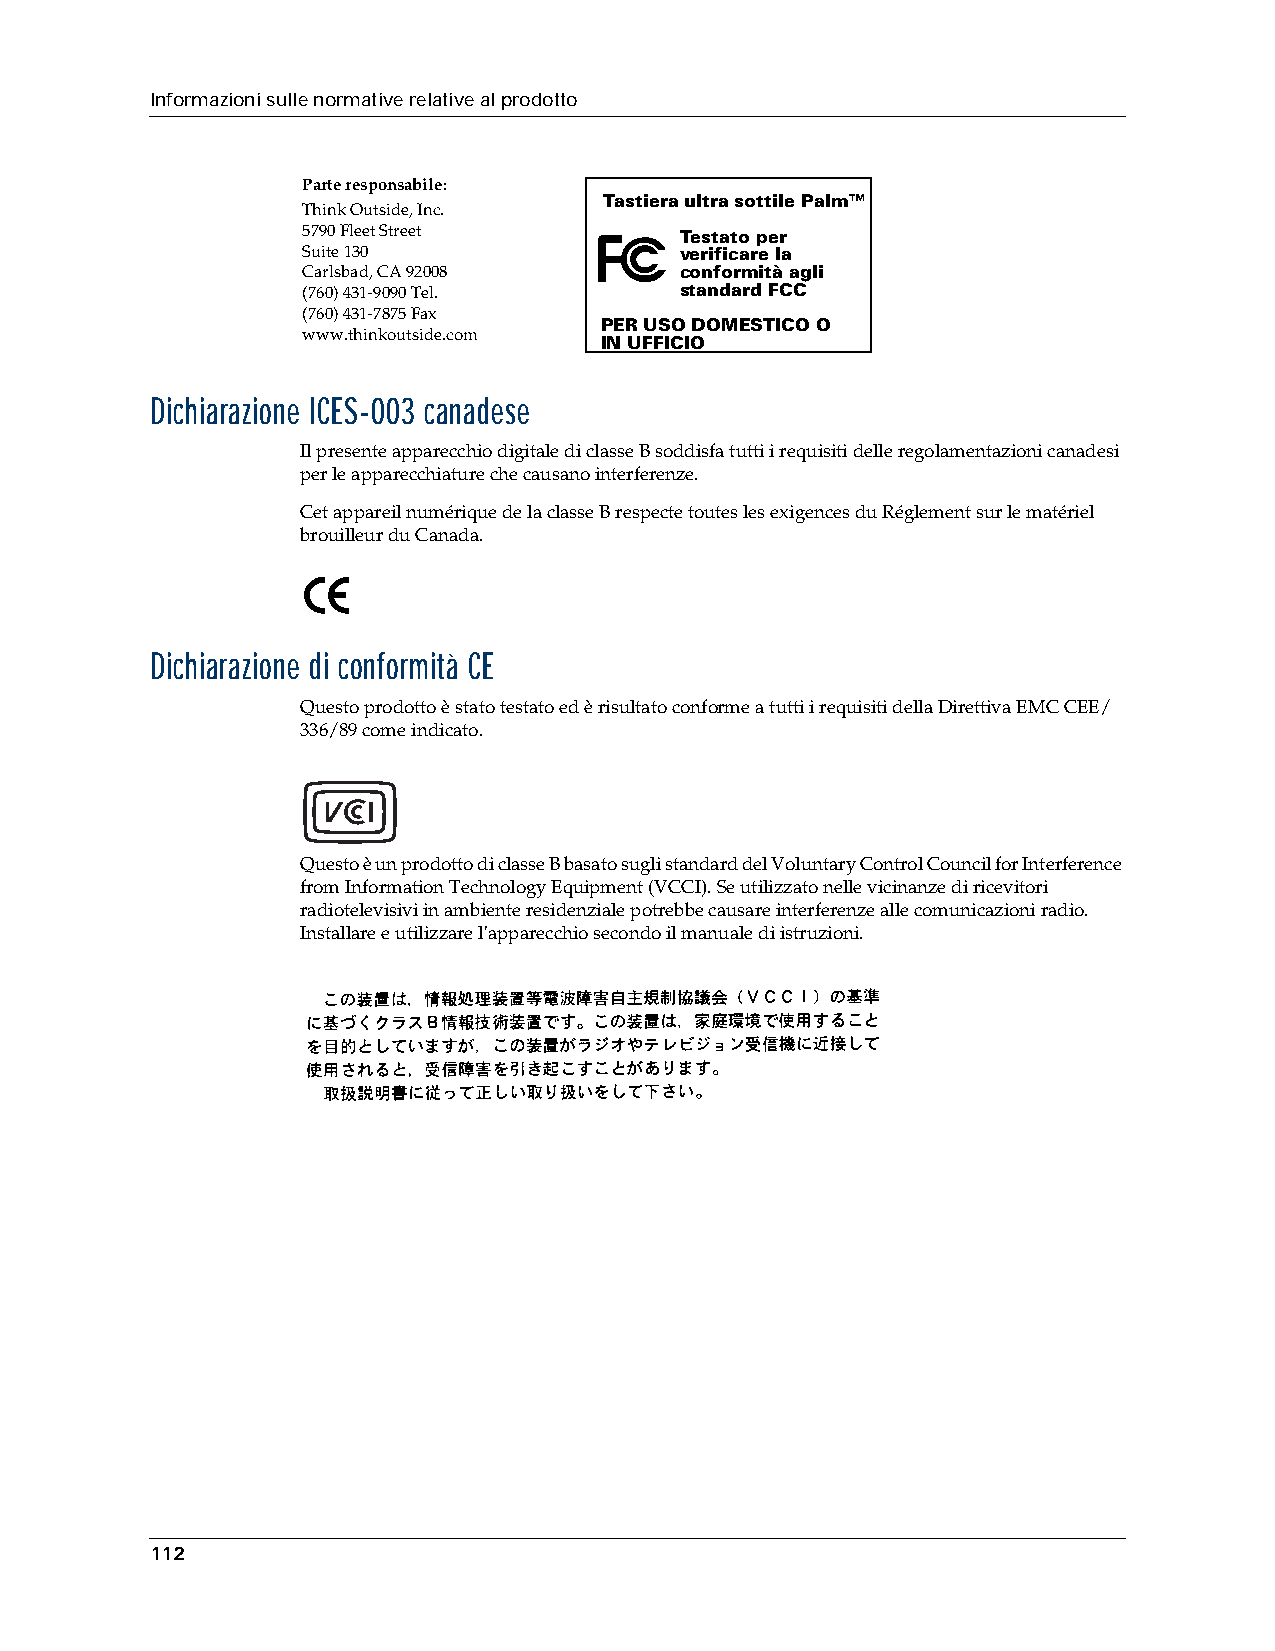
Informazioni sulle normative relative al prodotto
 Parte responsabile:
 Tastiera ultra sottile Palm™
 Think Outside, Inc.
 5790 Fleet Street        Testato per
 Suite 130                verificare la
 Carlsbad, CA 92008       conformità agli
 (760) 431-9090 Tel.      standard FCC
 (760) 431-7875 Fax
 PER USO DOMESTICO O
 www.thinkoutside.com
 IN UFFICIO
 Dichiarazione ICES-003 canadese
 Il presente apparecchio digitale di classe B soddisfa tutti i requisiti delle regolamentazioni canadesi
 per le apparecchiature che causano interferenze.
 Cet appareil numérique de la classe B respecte toutes les exigences du Réglement sur le matériel
 brouilleur du Canada.
 Dichiarazione di conformità CE
 Questo prodotto è stato testato ed è risultato conforme a tutti i requisiti della Direttiva EMC CEE/
 336/89 come indicato.
 Questo è un prodotto di classe B basato sugli standard del Voluntary Control Council for Interference
 from Information Technology Equipment (VCCI). Se utilizzato nelle vicinanze di ricevitori
 radiotelevisivi in ambiente residenziale potrebbe causare interferenze alle comunicazioni radio.
 Installare e utilizzare l'apparecchio secondo il manuale di istruzioni.
 112